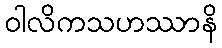
ဝါလိကသဟဿာနိ